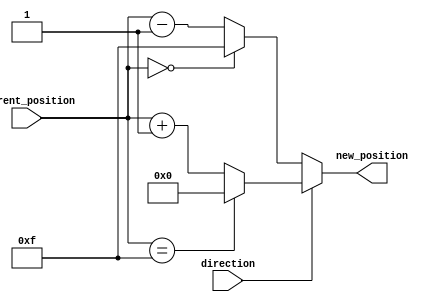
module RelativeEncoder#(
    parameter N = 4 // Number of bits for Current Position
)(
    input  [N-1:0] current_position,  // Current Position (N bits)
    input         direction,           // Direction Signal (1 bit)
    output [N-1:0] new_position        // New Position (N bits)
);
    
    // Define maximum and minimum values for wrap-around
    localparam MAX_POSITION = (1 << N) - 1; // Maximum N-bit value
    localparam MIN_POSITION = 0;             // Minimum N-bit value

    // Combinational logic to calculate new position
    always @(*) begin
        if (direction) begin
            // Clockwise movement (increment)
            if (current_position == MAX_POSITION) 
                new_position = MIN_POSITION; // Wrap around if max is reached
            else 
                new_position = current_position + 1;
        end else begin
            // Counterclockwise movement (decrement)
            if (current_position == MIN_POSITION) 
                new_position = MAX_POSITION; // Wrap around if min is reached
            else 
                new_position = current_position - 1;
        end
    end

endmodule